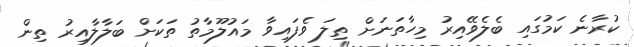
ކުރާނެ ކަމުގައި ބެލެވޭއިރު މިހާތަނަށް ތިލަ ވެފައިވާ މައުލޫމާތު ތަކަށް ބަލާލާއިރު ތިން